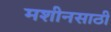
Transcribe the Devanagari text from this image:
मशीनसाठी